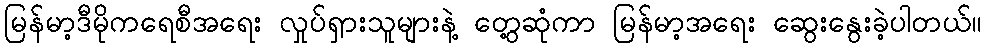
မြန်မာ့ဒီမိုကရေစီအရေး လှုပ်ရှားသူများနဲ့ တွေ့ဆုံကာ မြန်မာ့အရေး ဆွေးနွေးခဲ့ပါတယ်။